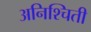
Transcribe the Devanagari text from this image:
अनिश्चिती